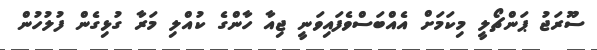
ސޫރަޖު ޕަންޗޯލީ މިކަމަށް އެއްބަސްވެފައިވަނީ ޖިއާ ހާންގެ ކުއްލި މަރާ ގުޅިގެން ފުލުހުން